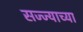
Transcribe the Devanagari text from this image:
सज्ज्याच्या